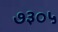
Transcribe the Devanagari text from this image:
७३०५